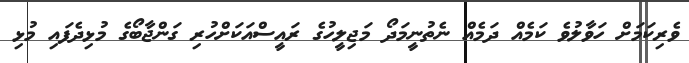
ވެރިކަމަށް ހަވާލުވެ ކަމެއް ދަމެއް ނެތުނީމަދޯ މަޖިލީހުގެ ރައީސްއަކަށްހުރި ގަންޖާބޯގެ މުޅިދެފައި މުޅި